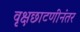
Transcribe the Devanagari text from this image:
वृक्षछाटणीनंतर